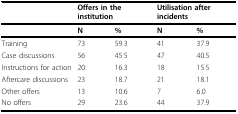
<table><thead><tr><td></td><td colspan="2"><b>Offers in the institution</b></td><td colspan="2"><b>Utilisation after incidents</b></td></tr></thead><tbody><tr><td></td><td><b>N</b></td><td><b>%</b></td><td><b>N</b></td><td><b>%</b></td></tr><tr><td>Training</td><td>73</td><td>59.3</td><td>41</td><td>37.9</td></tr><tr><td>Case discussions</td><td>56</td><td>45.5</td><td>47</td><td>40.5</td></tr><tr><td>Instructions for action</td><td>20</td><td>16.3</td><td>18</td><td>15.5</td></tr><tr><td>Aftercare discussions</td><td>23</td><td>18.7</td><td>21</td><td>18.1</td></tr><tr><td>Other offers</td><td>13</td><td>10.6</td><td>7</td><td>6.0</td></tr><tr><td>No offers</td><td>29</td><td>23.6</td><td>44</td><td>37.9</td></tr></tbody></table>